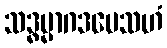
သဒ္ဓမ္မာဂဒမေသဟံ